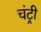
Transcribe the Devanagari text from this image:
चंट्री